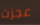
عجزت